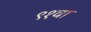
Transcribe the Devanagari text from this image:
९१वा